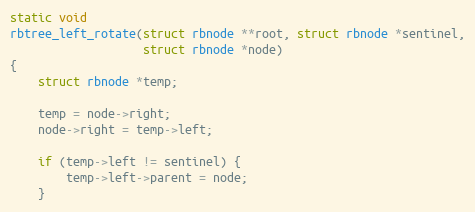
Language: C
static void
rbtree_left_rotate(struct rbnode **root, struct rbnode *sentinel,
                   struct rbnode *node)
{
    struct rbnode *temp;

    temp = node->right;
    node->right = temp->left;

    if (temp->left != sentinel) {
        temp->left->parent = node;
    }